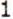
1